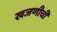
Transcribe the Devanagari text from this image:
खजणीची